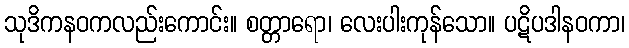
သုဒိကနဝကလည်းကောင်း။ စတ္တာရော၊ လေးပါးကုန်သော။ ပဋိပဒါနဝကာ၊